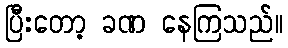
ပြီးတော့ ခဏ နေကြသည်။